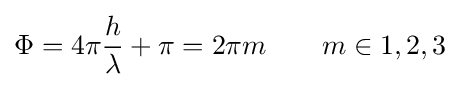
\Phi =4\pi {h \over \lambda }+\pi =2\pi m\qquad m\in 1,2,3